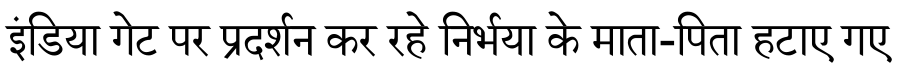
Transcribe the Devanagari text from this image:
इंडिया गेट पर प्रदर्शन कर रहे निर्भया के माता-पिता हटाए गए